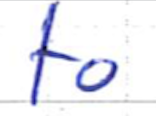
Text: to
Cross-out: clean
Writing tool: ballpoint